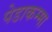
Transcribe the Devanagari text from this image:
पेडाकम्मा